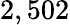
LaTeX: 2,502